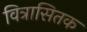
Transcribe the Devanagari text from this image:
वित्रासितक